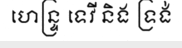
ហេន្ទ្រ ទេវី និង ទ្រង់